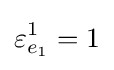
\varepsilon _{e_{1}}^{1}=1